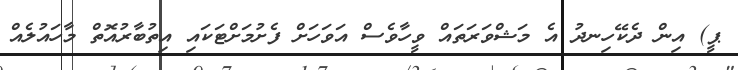
ޕީ) އިން ދެކޭހިނދު އެ މަޝްވަރަތައް ވީހާވެސް އަވަހަށް ފެށުމަށްޓަކައި އިތުބާރުއޮތް މާހައުލެއް